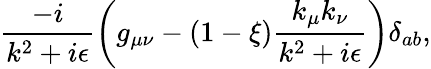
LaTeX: \frac{-i}{k^{2}+i\epsilon}\left(g_{\mu\nu}-(1-\xi)\frac{k_{\mu}k_{\nu}}{k^{2}+i\epsilon}\right)\delta_{ab},